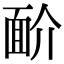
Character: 𩈋